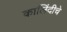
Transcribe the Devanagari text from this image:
कालिंदीचे